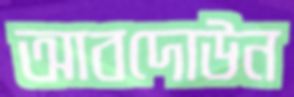
আবদোউন